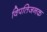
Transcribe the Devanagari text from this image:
विपतिजनक